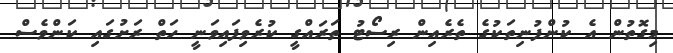
މިގޮތުން އެ ކުންފުނިތަކުގެ ތެރެއިން ރިސޯޓު ތަރައްގީ ކުރެވިފައިވަނީ ހަތް ރަށުގައި ކަންވެސް